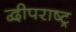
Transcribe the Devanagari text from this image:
द्वीपराष्ट्र